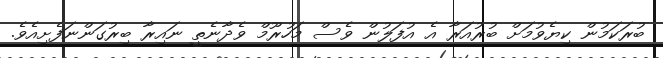
ބުރަކަމުން ކިޔެވުމަށް ބުރުއަރާ އެ އުފަލުން ވެސް މަހުރޫމް ވެދާނެތީ ނައިރާ ބިރުގަންނަފެށިއެވެ.